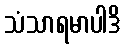
သံသာရမာပါဒိ